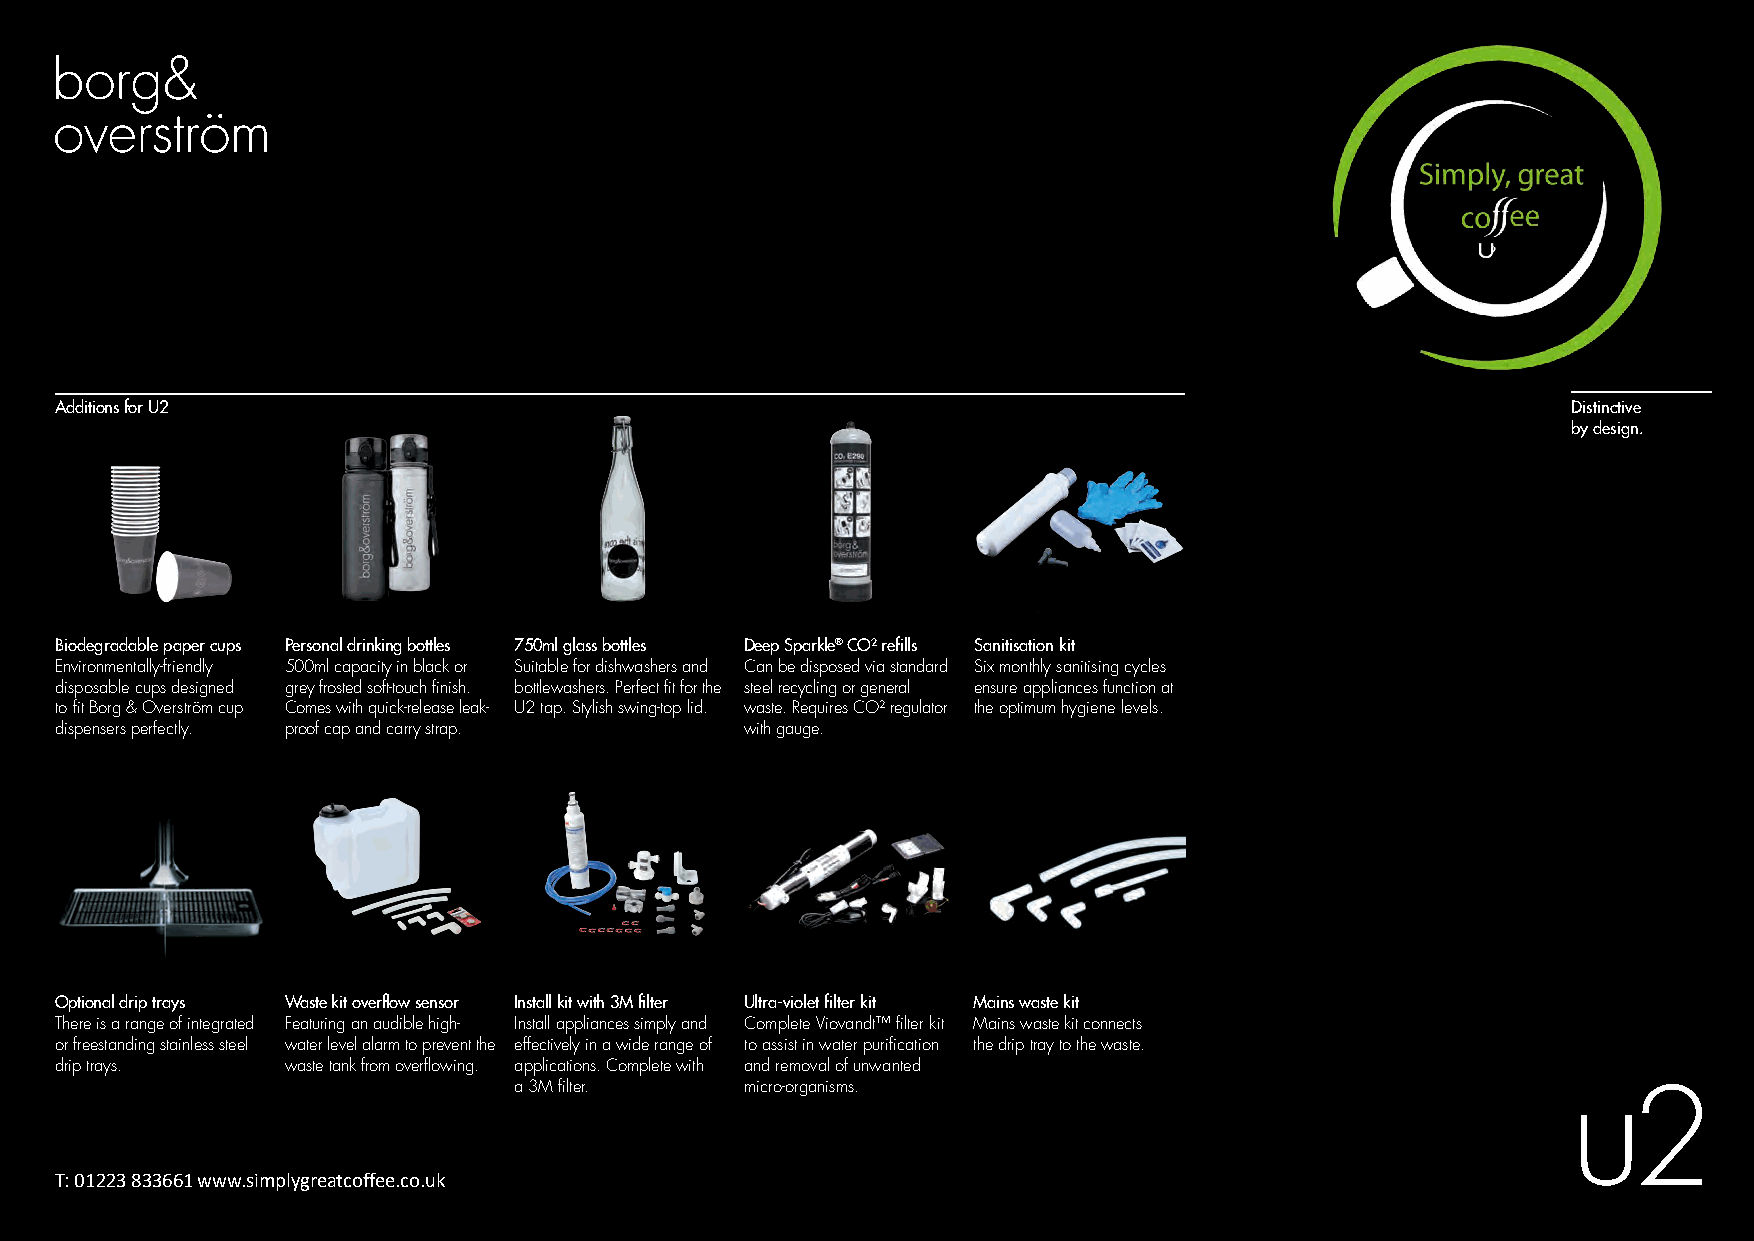
Additions for U2                                                                                    Distinctive
 by design.
 Biodegradable paper cups Personal drinking bottles 750ml glass bottles Deep Sparkle® CO² refills Sanitisation kit
 Environmentally-friendly 500ml capacity in black or Suitable for dishwashers and Can be disposed via standard Six monthly sanitising cycles
 disposable cups designed grey frosted soft-touch finish. bottlewashers. Perfect fit for the steel recycling or general ensure appliances function at
 to fit Borg & Overström cup Comes with quick-release leak- U2 tap. Stylish swing-top lid. waste. Requires CO² regulator the optimum hygiene levels.
 dispensers perfectly. proof cap and carry strap. with gauge.
 Optional drip trays Waste kit overflow sensor Install kit with 3M filter Ultra-violet filter kit Mains waste kit
 There is a range of integrated Featuring an audible high- Install appliances simply and Complete Viovandt™ filter kit Mains waste kit connects
 or freestanding stainless steel water level alarm to prevent the effectively in a wide range of to assist in water purification the drip tray to the waste.
 drip trays.    waste tank from overflowing. applications. Complete with and removal of unwanted
 a 3M filter.   micro-organisms.
 T: 01223 833661 www.simplygreatcoffee.co.uk